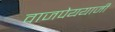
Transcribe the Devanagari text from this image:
वाजपेययाजी